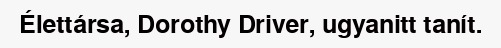
Élettársa, Dorothy Driver, ugyanitt tanít.